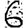
Digit: 6